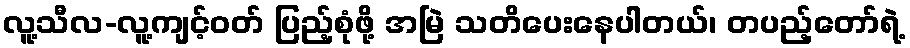
လူ့သီလ-လူ့ကျင့်ဝတ် ပြည့်စုံဖို့ အမြဲ သတိပေးနေပါတယ်၊ တပည့်တော်ရဲ့